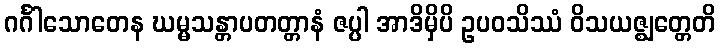
ဂင်္ဂါသောတေန ဃမ္မသန္တာပတတ္တာနံ ဇပ္ပါ အာဒိမှိပိ ဥပဝသိဿံ ဝိသယဇ္ဈတ္တေတိ